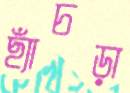
ছ্যাঁচড়া